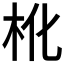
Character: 杹